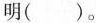
明()。